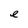
Character: e